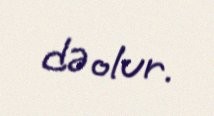
də olur.